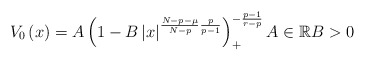
\begin{align*}V_{0}\left( x\right) =A\left( 1-B\left\vert x\right\vert ^{\frac{N-p-\mu}{N-p}\frac{p}{p-1}}\right) _{+}^{-\frac{p-1}{r-p}}A\in\mathbb{R}B>0\end{align*}